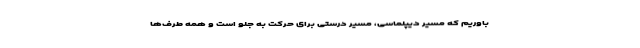
باوریم که مسیر دیپلماسی، مسیر درستی برای حرکت به جلو است و همه طرف‌ها